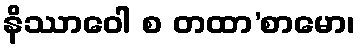
နိဿာဝေါ စ တထာ’စာမော၊